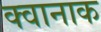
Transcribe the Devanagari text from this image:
क्वानाक